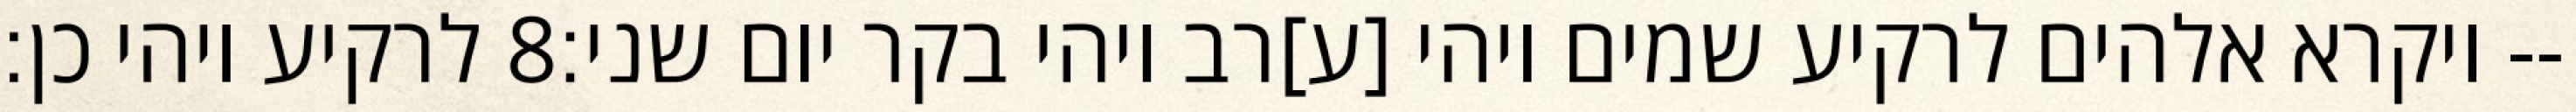
לרקיע ויהי כן׃ ‎8‏ ויקרא אלהים לרקיע שמים ויהי [ע]רב ויהי בקר יום שני׃--